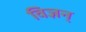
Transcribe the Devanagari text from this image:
विज्ञन्